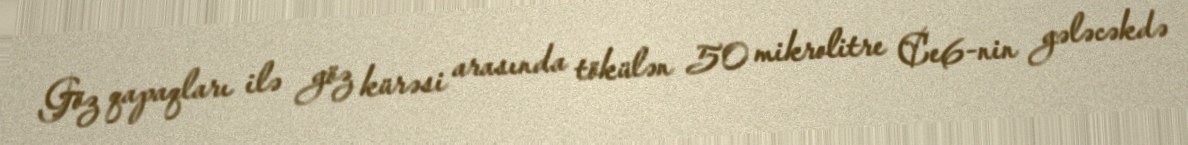
Göz qapaqları ilə göz kürəsi arasında tökülən 50 mikrolitre Ce6-nin gələcəkdə